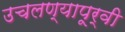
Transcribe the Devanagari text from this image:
उचलण्यापूर्वी